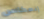
إنعكاس